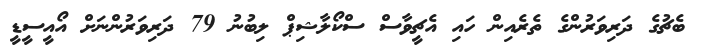
ބެޗުގެ ދަރިވަރުންގެ ތެރެއިން ހައި އެޗީވާސް ސްކޯލާޝިޕް ލިބުނު 79 ދަރިވަރުންނަށް އޯއީސީޑީ